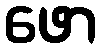
ဖော